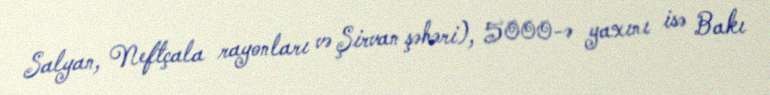
Salyan, Neftçala rayonları və Şirvan şəhəri), 5000-ə yaxını isə Bakı